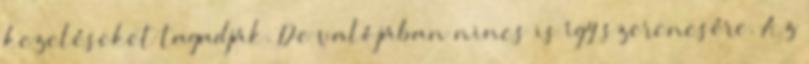
kezeléseket tagadják. De valójában nincs is így szerencsére. Az